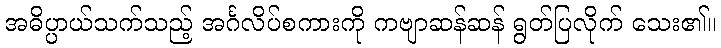
အဓိပ္ပာယ်သက်သည့် အင်္ဂလိပ်စကားကို ကဗျာဆန်ဆန် ရွတ်ပြလိုက် သေး၏။